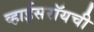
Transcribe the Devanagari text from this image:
व्हाईसरॉयची